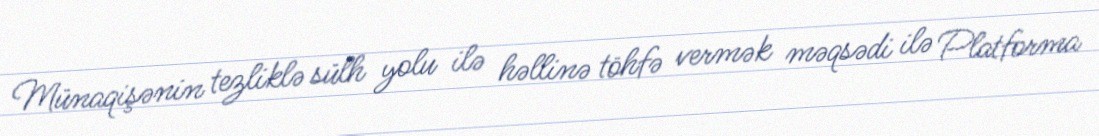
Münaqişənin tezliklə sülh yolu ilə həllinə töhfə vermək məqsədi ilə Platforma